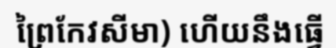
ព្រៃកែវសីមា) ហើយនឹងធ្វើ